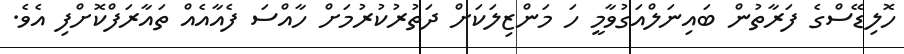
ހޮލިޑޭސްގެ ފަރާތުން ބައިނަލްއަގުވާމީ ހަ މަންޒިލަކަށް ދަތުރުކުރުމަށް ހާއްސަ ފެއާއެއް ތައާރަފްކޮށްފި އެވެ.